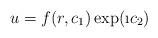
LaTeX: \begin{align*}u =f(r,c_1)\exp(\i c_2)\end{align*}